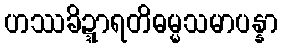
ဟဿခိဍ္ဍာရတိဓမ္မသမာပန္နာ